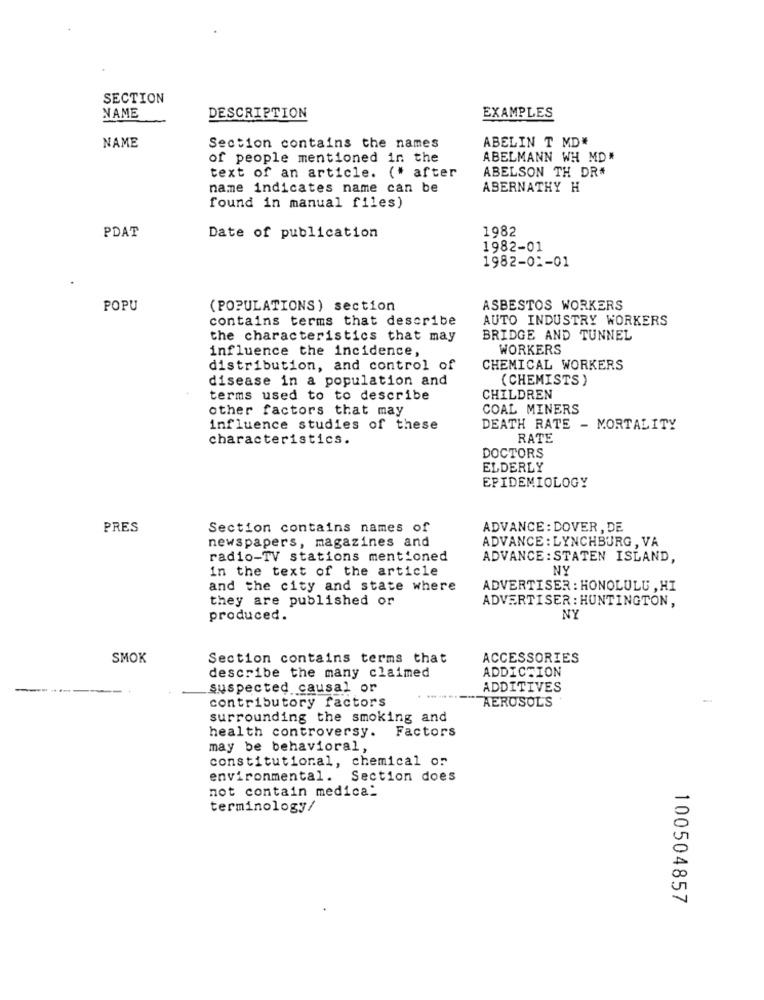
SECTION
NAME
DESCRIPTION
EXAMPLES
ABELIN T MD#
NAME
Section contains the names
of people mentioned in the
ABELMANN WH MD#
ABELSON TH DR#
text of an article. (* after
name indicates name can be
ABERNATHY H
found in manual files)
PDAT
1982
Date of publication
1982-01
1982-01-01
POPU
(POPULATIONS) section
ASBESTOS WORKERS
contains terms that describe
AUTO INDUSTRY WORKERS
the characteristics that may
BRIDGE AND TUNNEL
influence the incidence,
WORKERS
distribution, and control of
CHEMICAL WORKERS
disease in a population and
( CHEMISTS )
terms used to to describe
CHILDREN
other factors that may
COAL MINERS
influence studies of these
DEATH RATE - MORTALITY
characteristics.
RATE
DOCTORS
ELDERLY
EPIDEMIOLOGY
PRES
Section contains names of
ADVANCE : DOVER, DE
newspapers, magazines and
ADVANCE : LYNCHBURG , VA
radio-TV stations mentioned
ADVANCE: STATEN ISLAND,
In the text of the article
NY
and the city and state where
ADVERTISER : HONOLULU , HI
they are published or
ADVERTISER: HUNTINGTON,
produced.
NY
SMOK
Section contains terms that
ACCESSORIES
ADDICTION
describe the many claimed
-
suspected causal or
ADDITIVES
contributory factors
AEROSOL'S
surrounding the smoking and
health controversy.
Factors
may be behavioral,
constitutional, chemical or
environmental. Section does
not contain medica_
terminology/
100504857